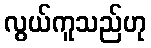
လွယ်ကူသည်ဟု